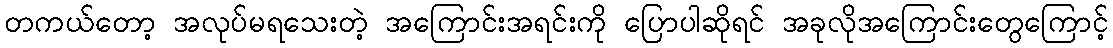
တကယ်တော့ အလုပ်မရသေးတဲ့ အကြောင်းအရင်းကို ပြောပါဆိုရင် အခုလိုအကြောင်းတွေကြောင့်